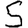
Digit: 5